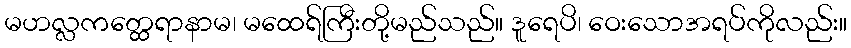
မဟလ္လကတ္ထေရာနာမ၊ မထေရ်ကြီးတို့မည်သည်။ ဒူရေပိ၊ ဝေးသောအရပ်ကိုလည်း။